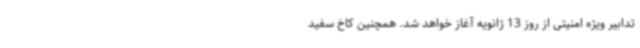
تدابیر ویژه امنیتی از روز 13 ژانویه آغاز خواهد شد. همچنین کاخ سفید